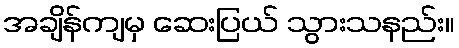
အချိန်ကျမှ ဆေးပြယ် သွားသနည်း။